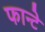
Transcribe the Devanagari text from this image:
फान्टे